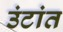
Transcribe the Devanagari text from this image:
उंटांत